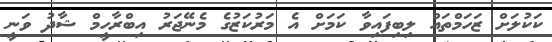
ކަކުލަށް ޒަހަމްތައް ލިބިފައިވާ ކަމަށް އެ މަރުކަޒުގެ މެނޭޖަރު އިބްރާހީމް ޝާދު ވަނީ